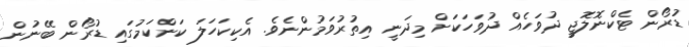
ޑުރޯން ޓެކްނޮލޮޖީ ދުވަހެއް ދުވަހަކަށް މިދަނީ އިތުރުވަމުންނެވެ. އެކިކަހަލަ ކަންކަމުގައި ޑުރޯން ބޭނުން